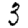
Digit: 3